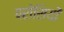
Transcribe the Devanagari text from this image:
परोसियों